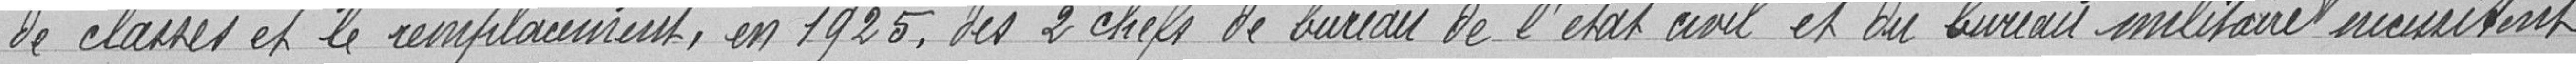
de classes et le remplacement, en 1925, des 2 chefs de bureau de l'état civil et du bureau militaire nécessitant